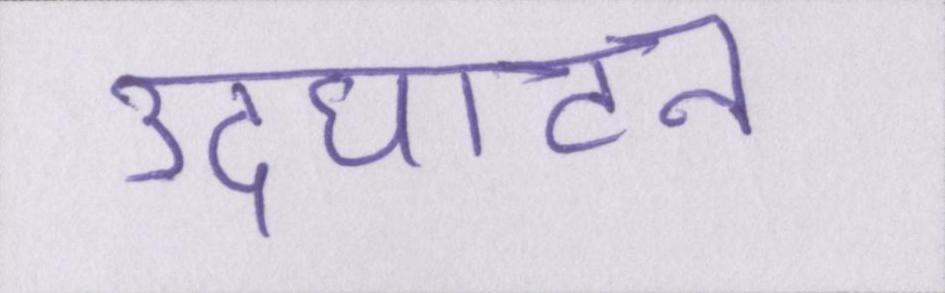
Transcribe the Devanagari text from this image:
उदघाटन